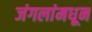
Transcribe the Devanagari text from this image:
जंगलांमधून